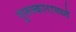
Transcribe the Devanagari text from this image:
पुरुस्कारामध्ये